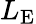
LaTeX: L_{\mathrm{E}}